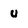
Character: u